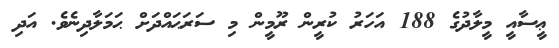
ޢީސާއީ މީލާދުގެ 188 އަހަރު ކުރީން ރޫމީން މި ސަރަޙައްދަށް ޙަމަލާދިނެވެ. އަދި